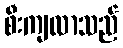
စီးကျလာသည်